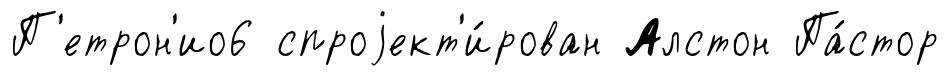
П'етрон'ио6 спроjект'и́рован Алстон Па́стор